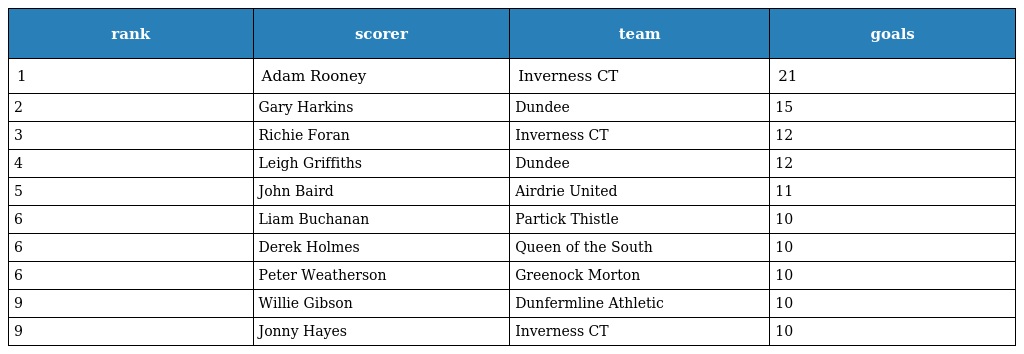
| rank | scorer | team | goals |
 | --- | --- | --- | --- |
 | 1 | Adam Rooney | Inverness CT | 21 |
 | 2 | Gary Harkins | Dundee | 15 |
 | 3 | Richie Foran | Inverness CT | 12 |
 | 4 | Leigh Griffiths | Dundee | 12 |
 | 5 | John Baird | Airdrie United | 11 |
 | 6 | Liam Buchanan | Partick Thistle | 10 |
 | 6 | Derek Holmes | Queen of the South | 10 |
 | 6 | Peter Weatherson | Greenock Morton | 10 |
 | 9 | Willie Gibson | Dunfermline Athletic | 10 |
 | 9 | Jonny Hayes | Inverness CT | 10 |